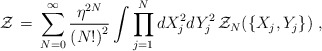
\begin{align*}{\cal Z} \,=\, \sum_{N = 0}^{\infty} \frac{{\eta}^{2 N}}{{(N !)}^2}\int \prod_{j =1}^N d X^2_j d Y^2_j \, {\cal Z}_N (\{ X_j , Y_j \}) \;,\end{align*}